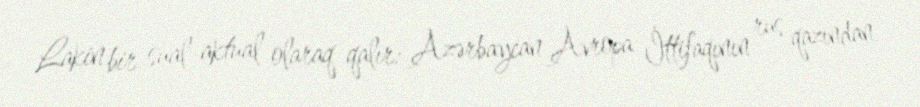
Lakin bir sual aktual olaraq qalır: Azərbaycan Avropa İttifaqının rus qazından